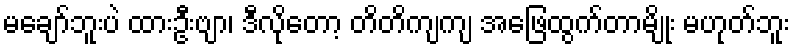
မချော်ဘူးပဲ ထားဦးဗျာ၊ ဒီလိုတော့ တိတိကျကျ အဖြေထွက်တာမျိုး မဟုတ်ဘူး